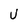
Character: U